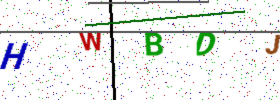
Text: HWBDJ